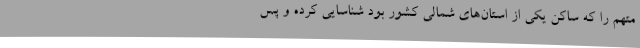
متهم را که ساکن یکی از استان‌های شمالی کشور بود شناسایی کرده و پس